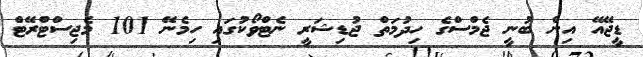
ޑީޖޭއޭ އިން ބުނީ ޖެމްސްގެ ހިދުމަތް ޖުޑިޝަރީ ނެޓްވޯކުގައި ހިމެނޭ 101 މެޖިސްޓްރޭޓް